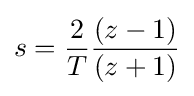
s={\frac {2}{T}}{\frac {(z-1)}{(z+1)}}